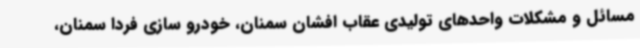
مسائل و مشکلات واحدهای تولیدی عقاب افشان سمنان، خودرو سازی فردا سمنان،